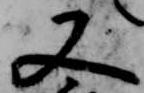
又